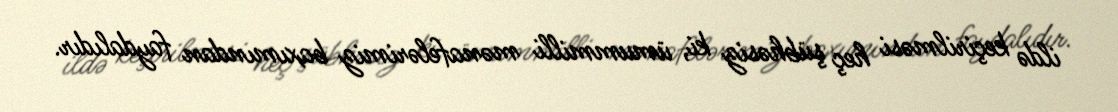
ildə keçirilməsi heç şübhəsiz ki, ümummilli mənafelərimiz baxımından faydalıdır.